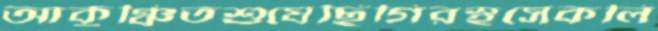
আকুঞ্চিতশুষেছিগিরস্থসেকলি